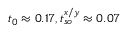
t _ { 0 } \approx 0 . 1 7 , t _ { s o } ^ { x / y } \approx 0 . 0 7